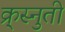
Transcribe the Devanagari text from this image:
क्र्स्नुती